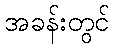
အခန်းတွင်